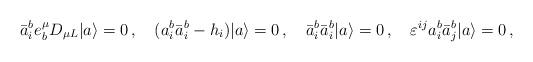
LaTeX: \begin{align*}\bar{a}_i^be_b^\mu D_{\mu L}|a\rangle=0\,,\quad(a_i^b\bar{a}_i^b-h_i)|a\rangle=0\,,\quad\bar{a}_i^b\bar{a}_i^b|a\rangle=0\,,\quad\varepsilon^{ij}a_i^b\bar{a}_j^b|a\rangle=0\,,\end{align*}